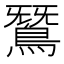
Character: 𪂫